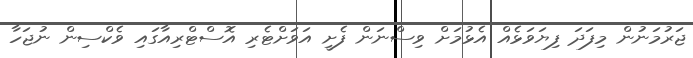
ޖަރުމަނުން މިފަދަ ފިޔަވަޅެއް އެޅުމަށް ވިސްނަން ފެށީ އަވަށްޓެރި އޮސްޓްރިއާގައި ވެކްސިން ނުޖަހާ